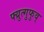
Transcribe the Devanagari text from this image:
फ्य्रुत्गुफुव्